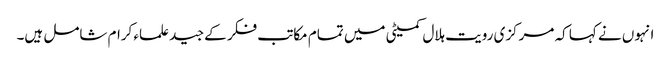
انہوں نے کہا کہ مرکزی رویت ہلال کمیٹی میں تمام مکاتب فکر کے جید علماء کرام شامل ہیں۔